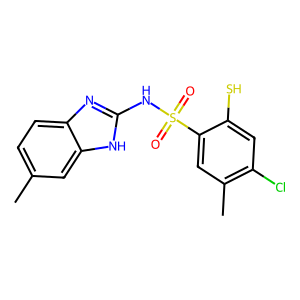
SMILES: Cc1ccc2nc(NS(=O)(=O)c3cc(C)c(Cl)cc3S)[nH]c2c1
Inhibits HIV replication: No